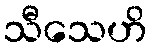
သီသေဟိ